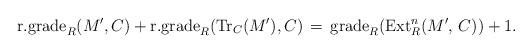
LaTeX: \begin{align*}\textrm{r.grade}_R(M', C) + \textrm{r.grade}_R(\textrm{Tr}_C (M'), C) \, = \, \textrm{grade}_R(\textrm{Ext}_{R}^n(M',\,C)) + 1.\end{align*}